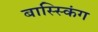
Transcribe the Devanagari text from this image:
बास्स्किंग